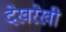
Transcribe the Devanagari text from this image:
देखरेखी